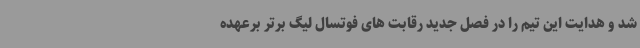
شد و هدایت این تیم را در فصل جدید رقابت های فوتسال لیگ برتر برعهده